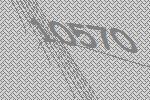
10570